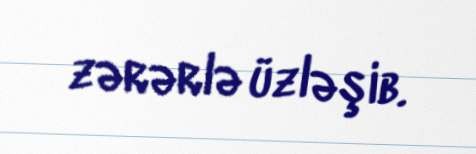
zərərlə üzləşib.